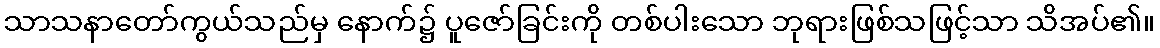
သာသနာတော်ကွယ်သည်မှ နောက်၌ ပူဇော်ခြင်းကို တစ်ပါးသော ဘုရားဖြစ်သဖြင့်သာ သိအပ်၏။